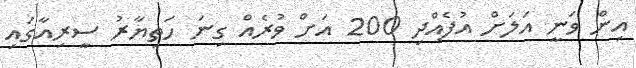
އިން ވަނީ އަލަށް އުފެއްދި 200 އަށް ވުރެއް ގިނަ ހަތިޔާރު ސީރިއާގައި